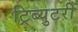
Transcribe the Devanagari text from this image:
ट्रिब्युटरी